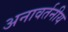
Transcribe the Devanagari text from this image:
अनावर्तनीय